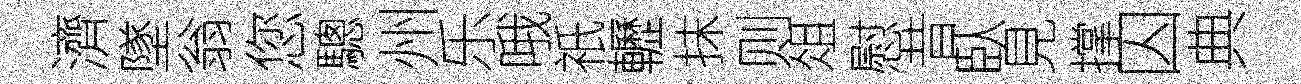
濟墜翁您驄州乐哦祇轣抹则俎慰昔臥見撑囚典